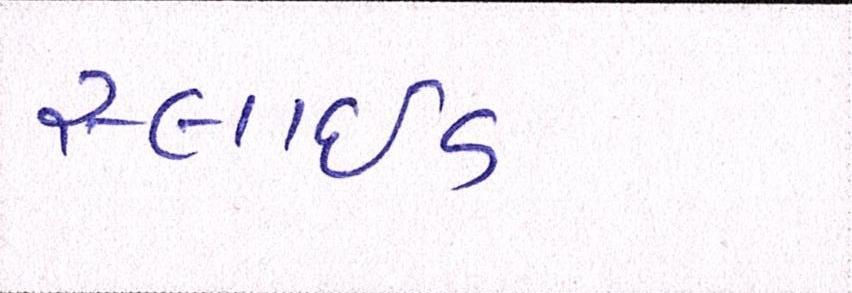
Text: સ્લાઇડ